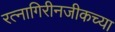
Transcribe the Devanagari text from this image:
रत्नागिरीनजीकच्या